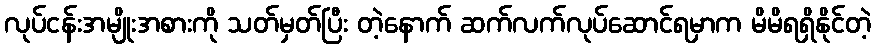
လုပ်ငန်းအမျိုးအစားကို သတ်မှတ်ပြီး တဲ့နောက် ဆက်လက်လုပ်ဆောင်ရမှာက မိမိရရှိနိုင်တဲ့